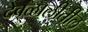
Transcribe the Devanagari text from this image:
देवळालीतील